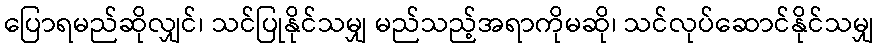
ပြောရမည်ဆိုလျှင်၊ သင်ပြုနိုင်သမျှ မည်သည့်အရာကိုမဆို၊ သင်လုပ်ဆောင်နိုင်သမျှ